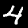
Digit: 4